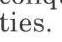
ties.